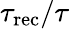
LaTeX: \tau_{\mathrm{rec}}/\tau